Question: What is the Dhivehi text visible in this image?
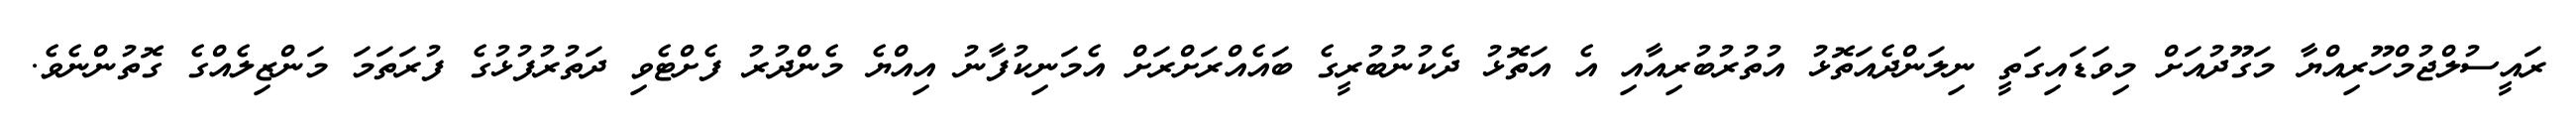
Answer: ރައީސުލްޖުމްހޫރިއްޔާ މަގޫދުއަށް މިވަޑައިގަތީ ނިލަންދެއަތޮޅު އުތުރުބުރިއާއި އެ އަތޮޅު ދެކުނުބުރީގެ ބައެއްރަށްރަށް އެމަނިކުފާނު އިއްޔެ މެންދުރު ފެށްޓެވި ދަތުރުފުޅުގެ ފުރަތަމަ މަންޒިލެއްގެ ގޮތުންނެވެ.